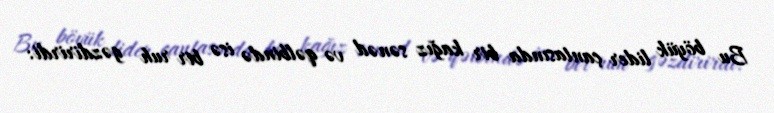
Bu böyük lider çantasında bir kağız sənəd və qəlbində isə bir ruh gəzdirirdi: